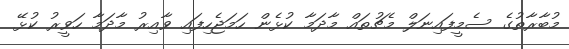
މުބާރާތުގެ ސެމީފައިނަލް މެޗުތައް މާދަމާ ކުޅެން ހަމަޖެހިފައި ވާއިރު މާދަމާ ހަވީރު ކުޅޭ